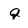
Character: q